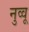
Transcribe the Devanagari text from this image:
नुव्वू